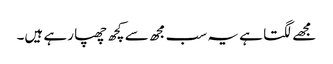
مجھے لگتا ہے یہ سب مجھ سے کچھ چھپا رہے ہیں۔